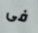
فى